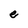
Character: e